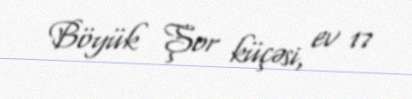
Böyük Şor küçəsi, ev 17